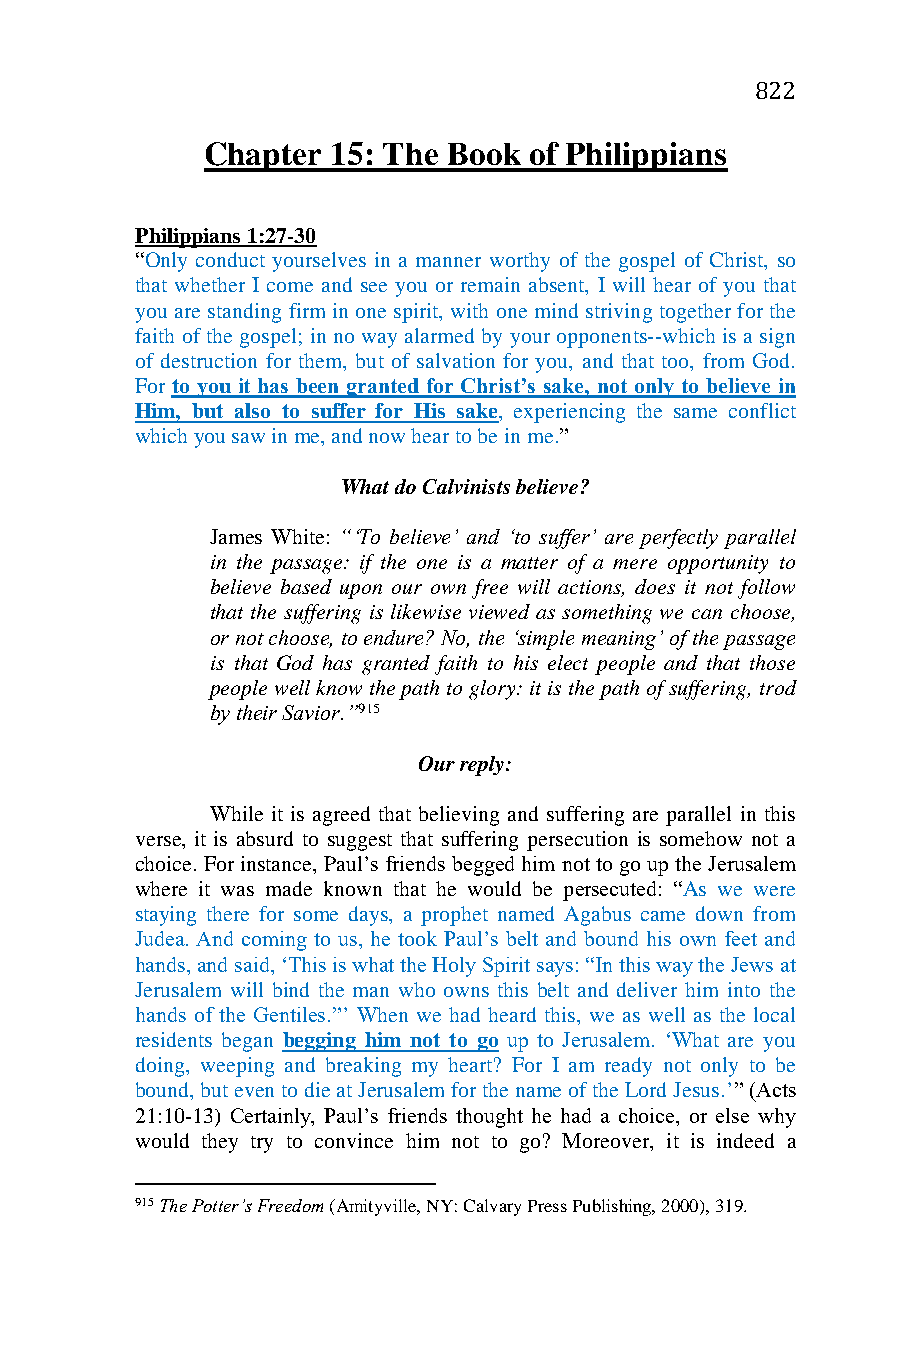
822
 Chapter  15: The Book of Philippians
 Philippians 1:27-30
 “Only conduct yourselves in a manner worthy of the gospel of Christ, so
 that whether I come and see you or remain absent, I will hear of you that
 you are standing firm in one spirit, with one mind striving together for the
 faith of the gospel; in no way alarmed by your opponents--which is a sign
 of destruction for them, but of salvation for you, and that too, from God.
 For to you it has been granted for Christ’s sake, not only to believe in
 Him, but also to suffer for His sake, experiencing the same conflict
 which you saw in me, and now hear to be in me.”
 What do Calvinists believe?
 James White: “‘To believe’ and ‘to suffer’ are perfectly parallel
 in the passage: if the one is a matter of a mere opportunity to
 believe based upon our own free will actions, does it not follow
 that the suffering is likewise viewed as something we can choose,
 or not choose, to endure? No, the ‘simple meaning’ of the passage
 is that God has granted faith to his elect people and that those
 people well know the path to glory: it is the path of suffering, trod
 by their Savior.”915
 Our reply:
 While it is agreed that believing and suffering are parallel in this
 verse, it is absurd to suggest that suffering persecution is somehow not a
 choice. For instance, Paul’s friends begged him not to go up the Jerusalem
 where it was made known that he would be persecuted: “As we were
 staying there for some days, a prophet named Agabus came down from
 Judea. And coming to us, he took Paul’s belt and bound his own feet and
 hands, and said, ‘This is what the Holy Spirit says: “In this way the Jews at
 Jerusalem will bind the man who owns this belt and deliver him into the
 hands of the Gentiles.”’ When we had heard this, we as well as the local
 residents began begging him not to go up to Jerusalem. ‘What are you
 doing, weeping and breaking my heart? For I am ready not only to be
 bound, but even to die at Jerusalem for the name of the Lord Jesus.’” (Acts
 21:10-13) Certainly, Paul’s friends thought he had a choice, or else why
 would they try to convince him not to go? Moreover, it is indeed a
 915 The Potter’s Freedom (Amityville, NY: Calvary Press Publishing, 2000), 319.